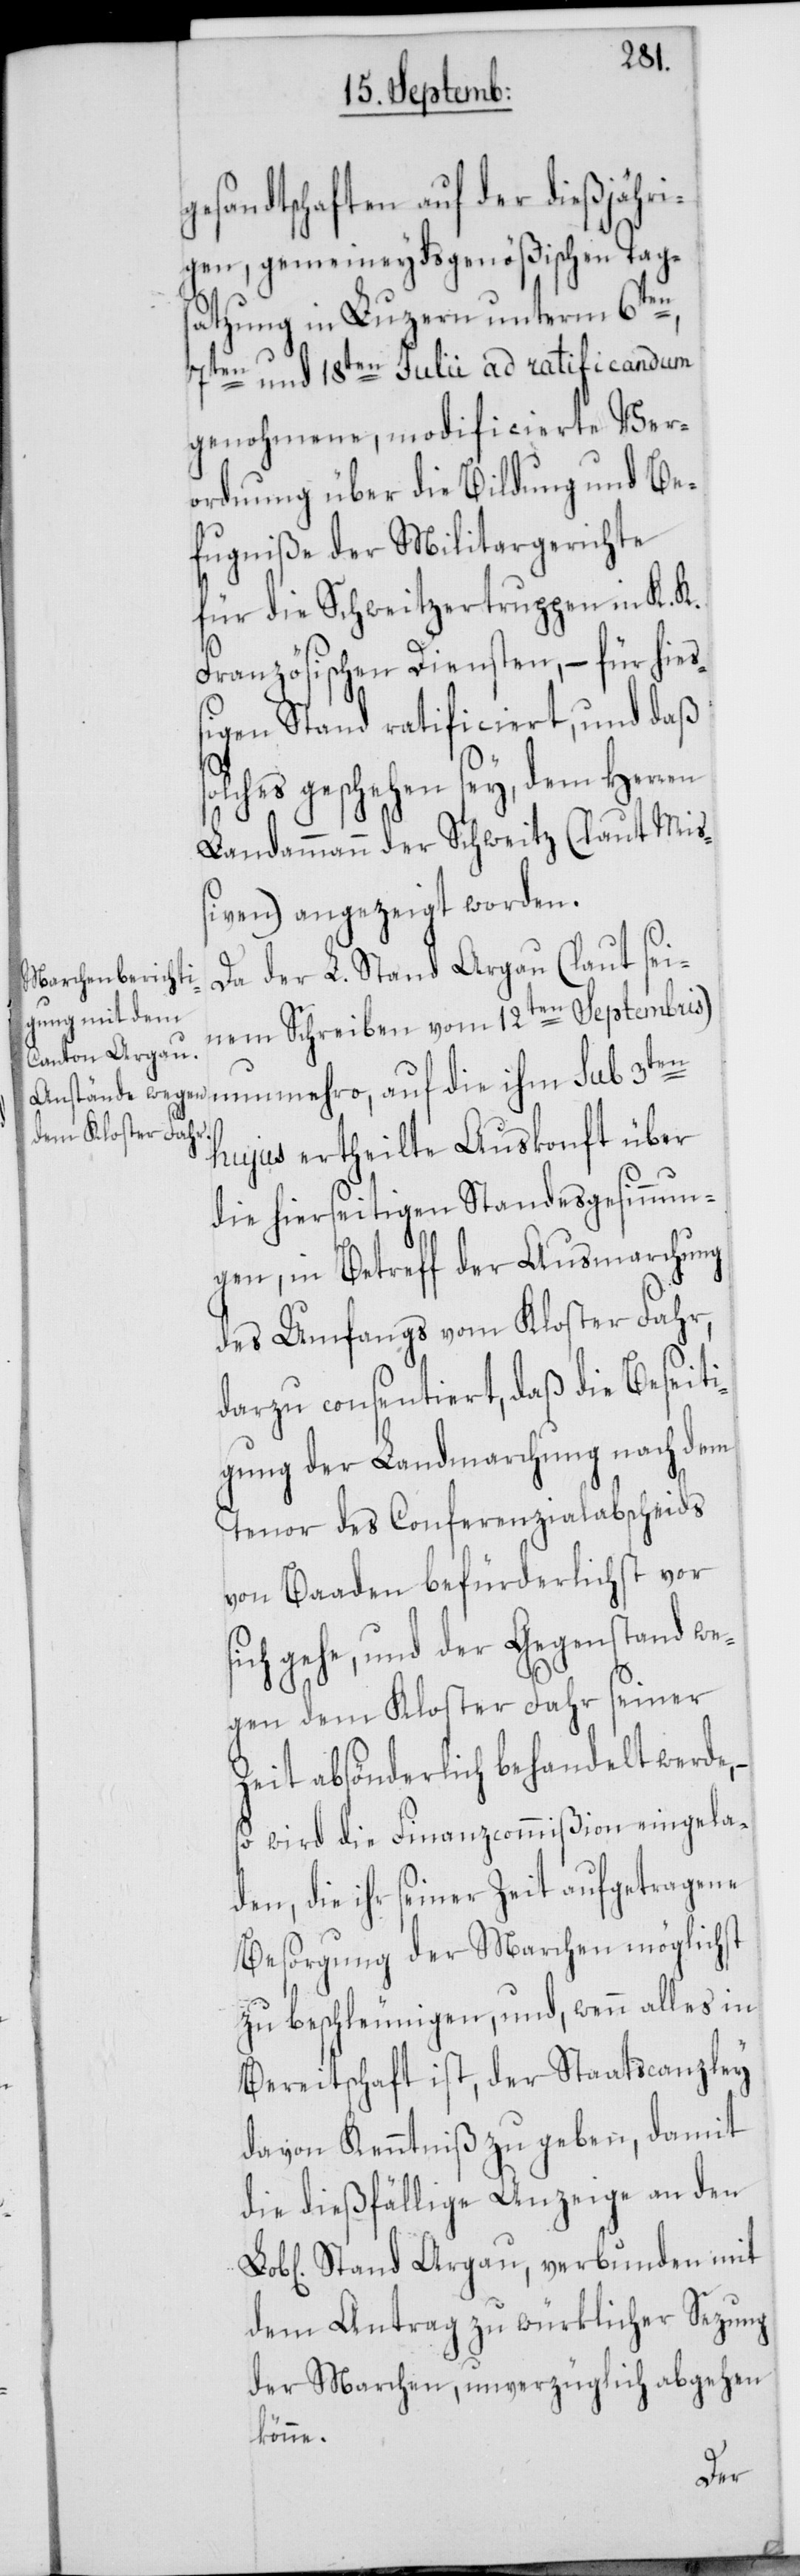
gesandtschaften auf der diesjähri¬
gen, gemeineydsgenößischen Tags¬
atzung in Luzern unterm 6ten,
7ten und 18ten Julii ad ratificandum
genohmene, modificierte Ver¬
ordnung über die Bildung und Be¬
fugniße der Militargerichte
für die Schweitzertruppen in K. K.
Französischen Diensten, – für hieß¬
igen Stand ratificiert, und daß
solches geschehen sey, dem Herren
Landammann der Schweitz (laut Miß¬
iven) angezeigt worden.
Da der L. Stand Argau (laut sei¬
nem Schreiben vom 12ten Septembris)
nunmehro, auf die ihm sub 3ten
hujus ertheilte Auskonft über
die hierseitigen Standesgesinnun¬
gen, in Betreff der Ausmarchung
des Umfangs vom Kloster Fahr,
darzu consentiert, daß die Beseiti¬
gung der Landmarchung nach dem
Tenor des Conferenzialabscheids
von Baaden befürderlichst vor
sich gehe, und der Gegenstand we¬
gen dem Kloster Fahr seiner
Zeit absönderlich behandelt werde,
so wird die Finanzcommißion eingela¬
den, die ihr seiner Zeit aufgetragene
Besorgung der Marchen möglichst
zu beschleunigen, und, wenn alles in
Bereitschaft ist, der Staatscanzley
davon Kenntniß zu geben, damit
die dießfällige Anzeige an den
Stand Argau, verbunden mit
dem Antrag zu würklicher Sezung
der Marchen, unverzüglich abgehen
könne.